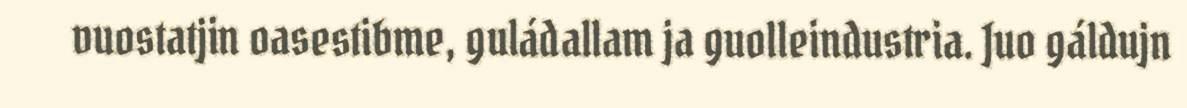
vuostatjin oasestibme, guládallam ja guolleindustria. Juo gáldujn